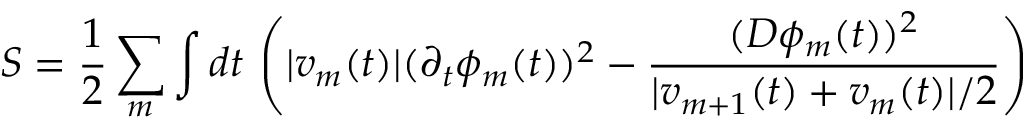
S = \frac { 1 } { 2 } \sum _ { m } \int d t \, \left( | v _ { m } ( t ) | ( \partial _ { t } \phi _ { m } ( t ) ) ^ { 2 } - \frac { ( D \phi _ { m } ( t ) ) ^ { 2 } } { | v _ { m + 1 } ( t ) + v _ { m } ( t ) | / 2 } \right)